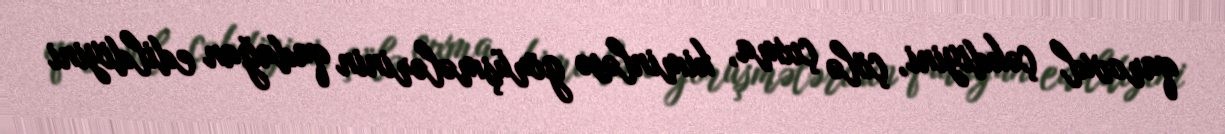
qarovul çəkdiyini, çölə çıxma, kiminləsə görüşmələrinin qadağan edildiyini